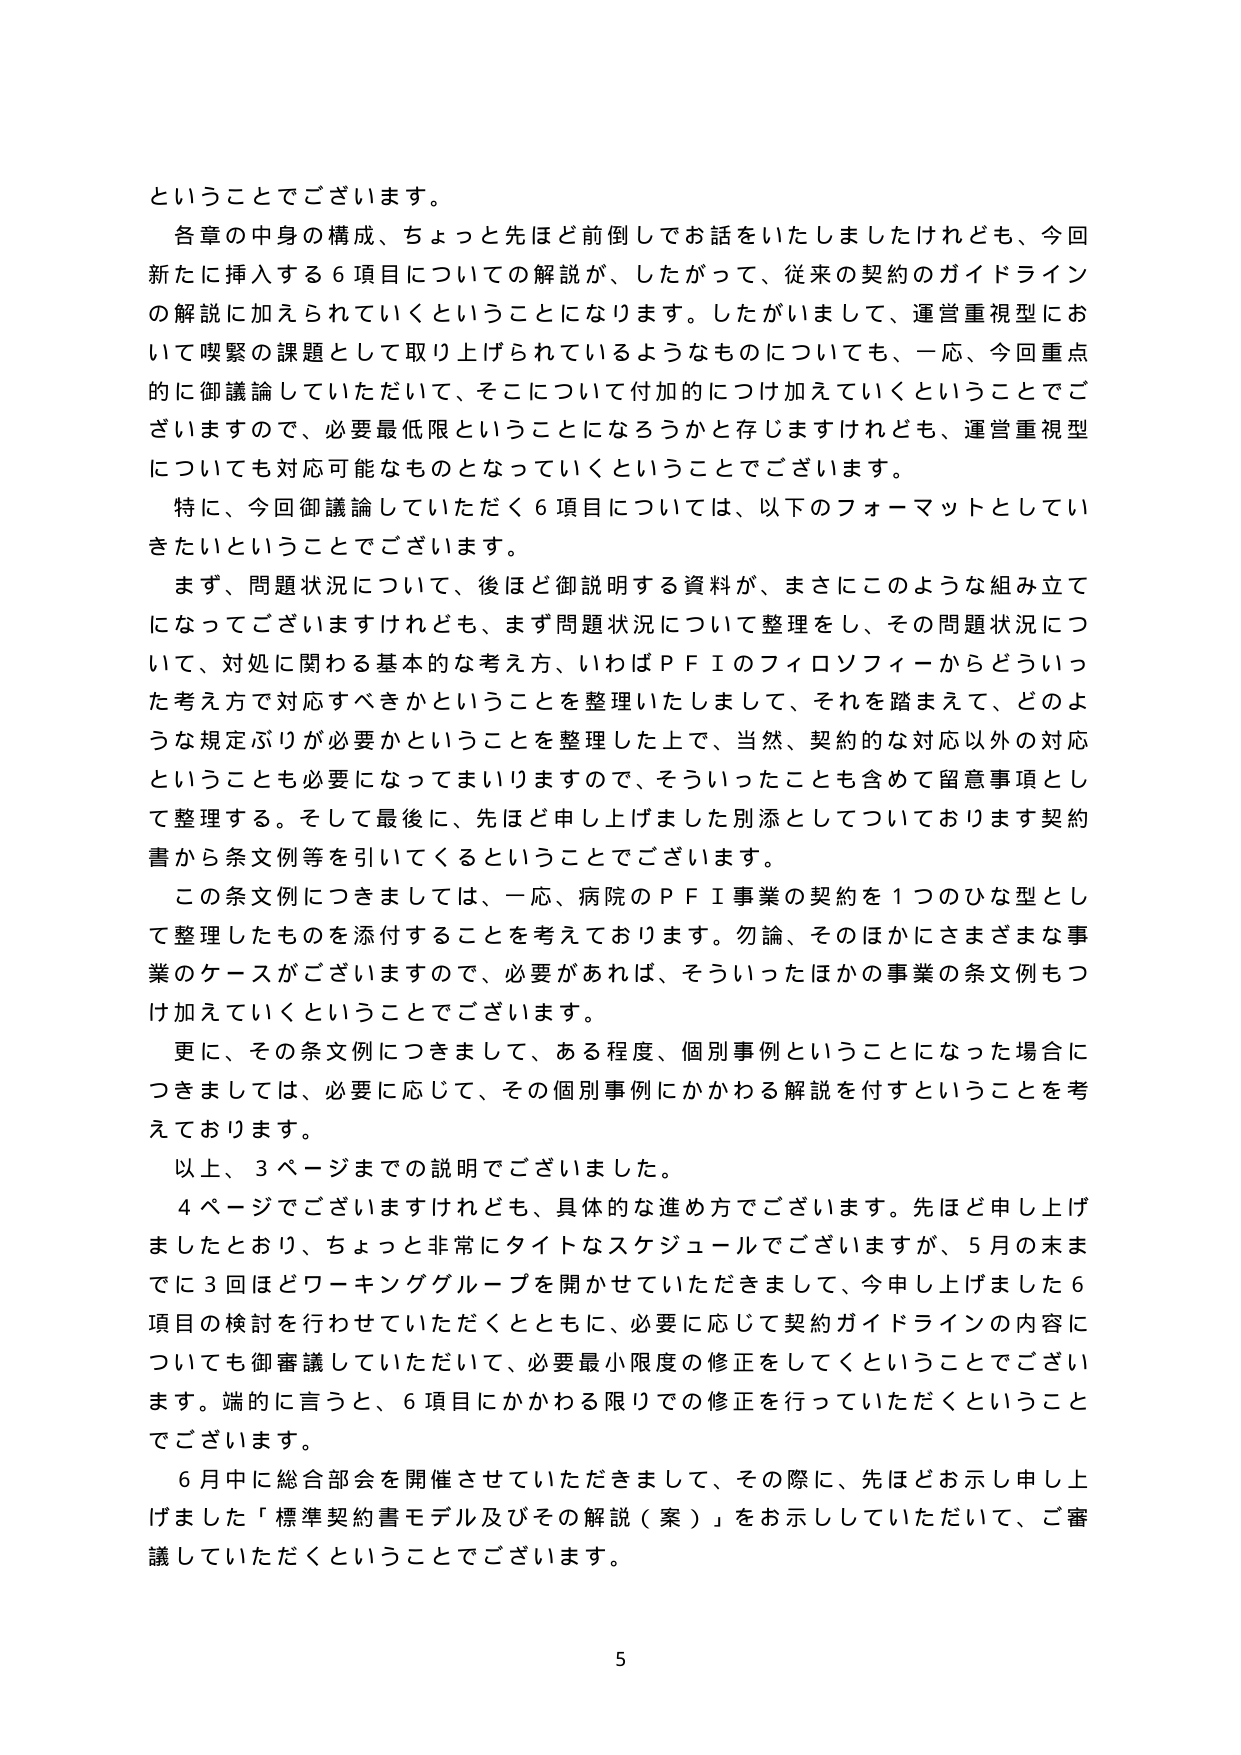
ということでございます。

各章の中身の構成、ちょっと先ほど前倒しでお話をいたしましたけれども、今回新たに挿入する６項目についての解説が、したがって、従来の契約のガイドラインの解説に加えられていくということになります。したがいまして、運営重視型において喫緊の課題として取り上げられているようなものについても、一応、今回重点的に御議論していただいて、そこについて付加的に付加えていくということでございますので、必要最低限ということになろうかと存じますけれども、運営重視型についても対応可能なものとなっていくということでございます。

特に、今回御議論していただく６項目については、以下のフォーマットとしていきたいということでございます。

まず、問題状況について、後ほど御説明する資料が、まさにこのような組み立てになってございますけれども、まず問題状況について整理をし、その問題状況について、対処に関わる基本的な考え方、いわばＰＦＩのフィロソフィーからどういった考え方で対応すべきかということを整理いたしまして、それを踏まえて、どのような規定ぶりが必要かということを整理した上で、当然、契約的な対応以外の対応ということも必要になってまいりますので、そういったことも含めて留意事項として整理する。そして最後に、先ほど申し上げました別添としてついております契約書から条文例等を引いてくるということでございます。

この条文例につきましては、一応、病院のＰＦＩ事業の契約を１つのひな型として整理したものを添付することを考えております。勿論、そのほかにさまざまな事業のケースがございますので、必要があれば、そういったほかの事業の条文例もつけ加えていくということでございます。

更に、その条文例につきまして、ある程度、個別事例ということになった場合につきましては、必要に応じて、その個別事例にかかわる解説を付すということを考えております。

以上、３ページまでの説明でございました。

４ページでございますけれども、具体的な進め方でございます。先ほど申し上げましたとおり、ちょっと非常にタイトなスケジュールでございますが、５月の末までに３回ほどワーキンググループを開かせていただきまして、今申し上げました６項目の検討を行わせていただくとともに、必要に応じて契約ガイドラインの内容についても御審議していただいて、必要最小限度の修正をしてくということでございます。端的に言うと、６項目にかかわる限りでの修正を行っていただくということでございます。

６月中に総合部会を開催させていただきまして、その際に、先ほどお示し申し上げました「標準契約書モデル及びその解説（案）」をお示ししていただいて、ご審議していただくということでございます。

5